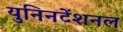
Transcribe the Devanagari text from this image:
युनिनटेंशनल